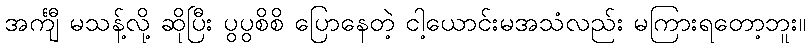
အင်္ကျီ မသန့်လို့ ဆိုပြီး ပွပွစိစိ ပြောနေတဲ့ ငါ့ယောင်းမအသံလည်း မကြားရတော့ဘူး။